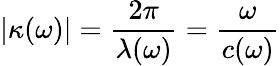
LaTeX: |\kappa(\omega)|=\frac{2\pi}{\lambda(\omega)}=\frac{\omega}{c(\omega)}